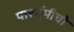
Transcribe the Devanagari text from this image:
पार्श्भूमीची